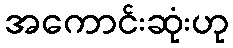
အကောင်းဆုံးဟု